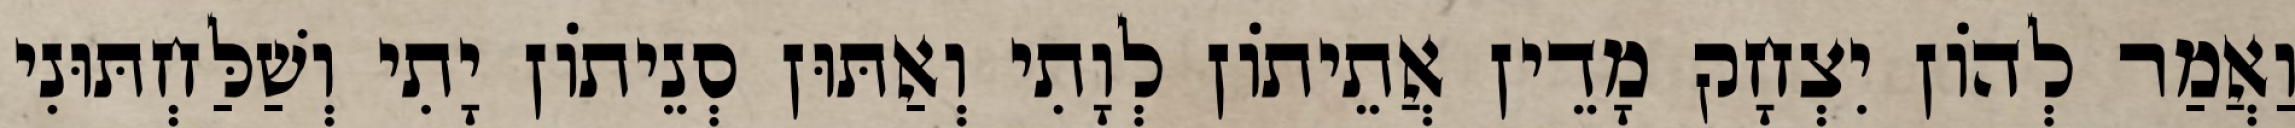
וַאֲמַר לְהוֹן יִצְחָק מָדֵין אֲתֵיתוֹן לְוָתִי וְאַתּוּן סְנֵיתוֹן יָתִי וְשַׁלַּחְתּוּנִי